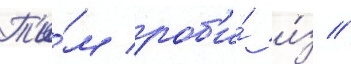
Т'и́м роб'и́ и́з /